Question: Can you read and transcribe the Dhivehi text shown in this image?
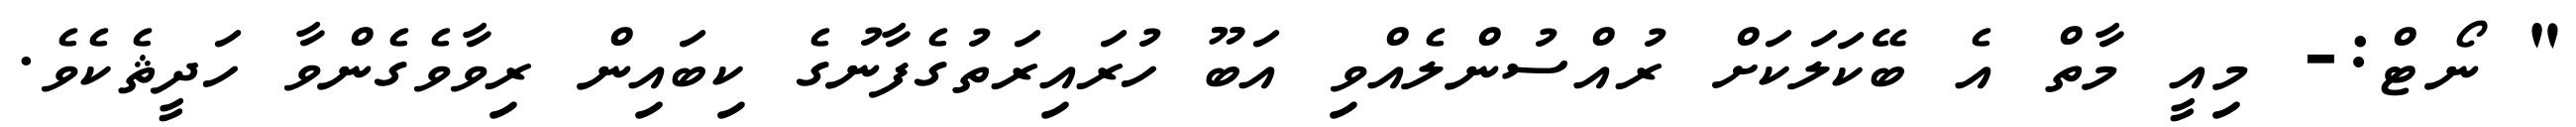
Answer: " ނޯޓް:- މިއީ މާތް އެ ބޭކަލަކަށް ރުއްސުންލެއްވި އަބޫ ހުރައިރަތުގެފާނުގެ ކިބައިން ރިވާވެގެންވާ ހަދީޘެކެވެ.